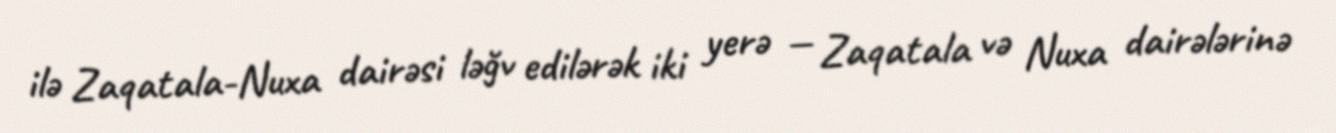
ilə Zaqatala-Nuxa dairəsi ləğv edilərək iki yerə — Zaqatala və Nuxa dairələrinə